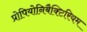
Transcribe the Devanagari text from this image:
प्रोपियोनिबैक्टिरियम